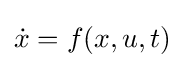
{\dot {x}}=f(x,u,t)